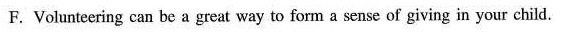
F. Volunteering can be a great way to form a sense of giving in your child.